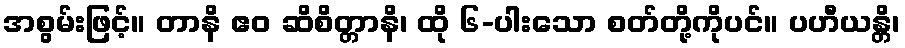
အစွမ်းဖြင့်။ တာနိ ဧဝ ဆိစိတ္တာနိ၊ ထို ၆-ပါးသော စတ်တို့ကိုပင်။ ပဟီယန္တိ၊